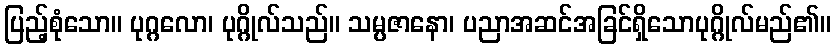
ပြည့်စုံသော။ ပုဂ္ဂလော၊ ပုဂ္ဂိုလ်သည်။ သမ္ပဇာနော၊ ပညာအဆင်အခြင်ရှိသောပုဂ္ဂိုလ်မည်၏။